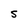
Character: s